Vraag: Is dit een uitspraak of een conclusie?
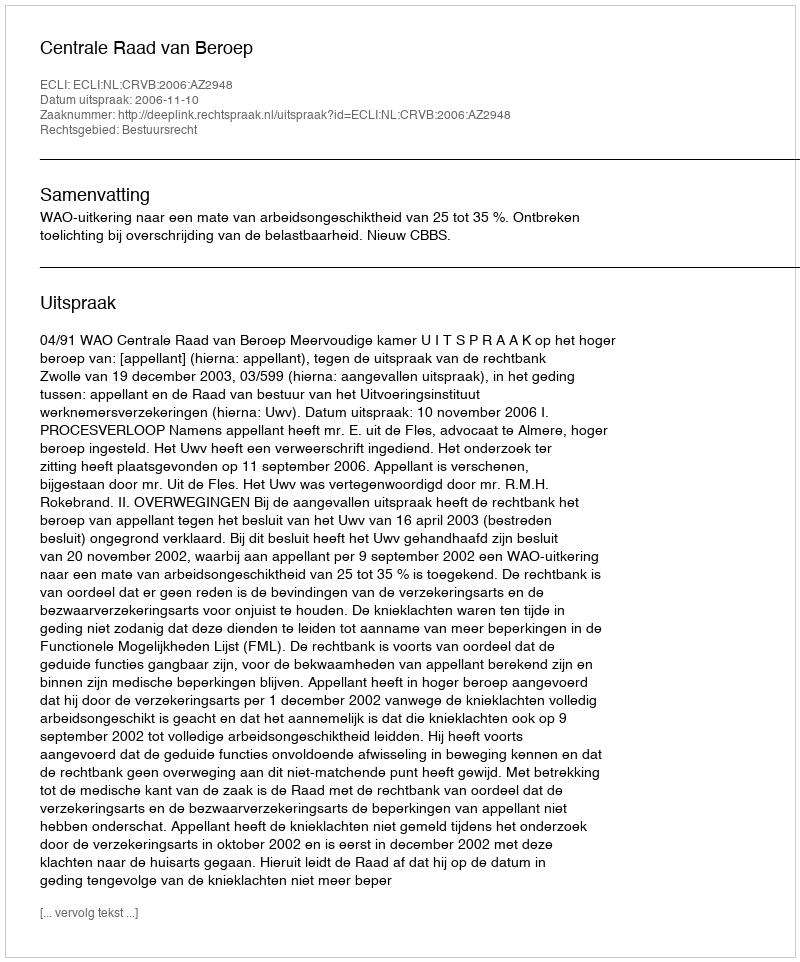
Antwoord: Uitspraak